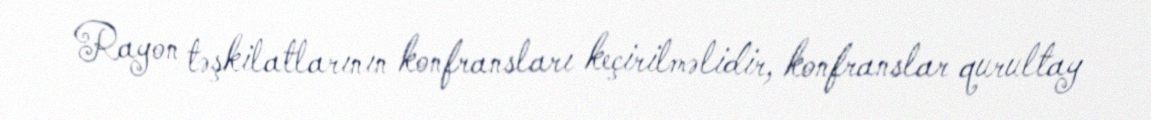
Rayon təşkilatlarının konfransları keçirilməlidir, konfranslar qurultay